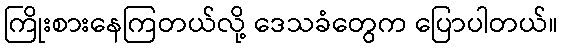
ကြိုးစားနေကြတယ်လို့ ဒေသခံတွေက ပြောပါတယ်။